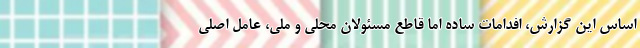
اساس این گزارش، افدامات ساده اما قاطع مسئولان محلی و ملی، عامل اصلی